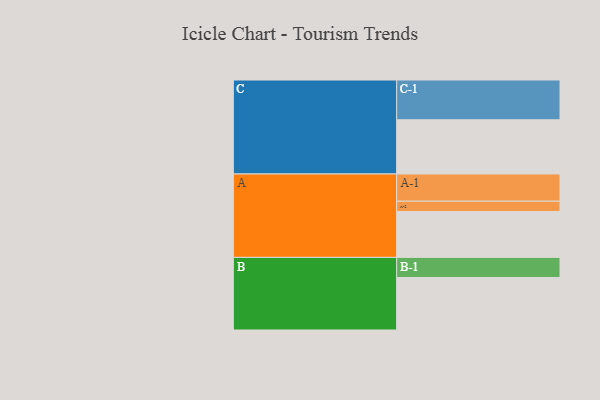
{"axis": {"x": "Segment", "y": "Value"}, "legend": ["", "A", "B", "C"], "data": [{"x": "A", "y": 324, "type": ""}, {"x": "B", "y": 371, "type": ""}, {"x": "C", "y": 383, "type": ""}, {"x": "A-1", "y": 192, "type": "A"}, {"x": "A-2", "y": 73, "type": "A"}, {"x": "B-1", "y": 142, "type": "B"}, {"x": "C-1", "y": 281, "type": "C"}]}